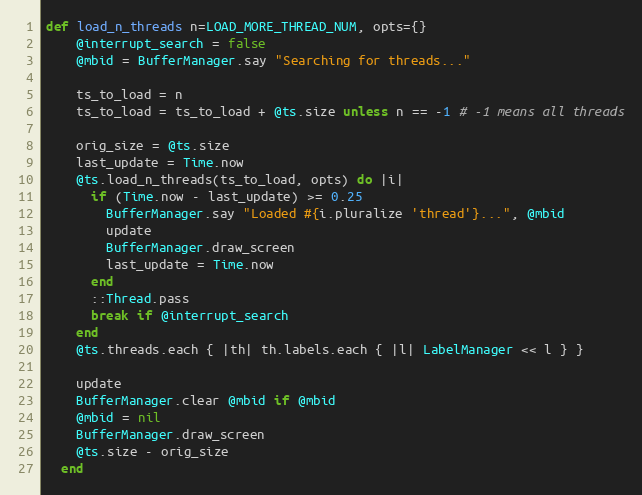
Language: Ruby
def load_n_threads n=LOAD_MORE_THREAD_NUM, opts={}
    @interrupt_search = false
    @mbid = BufferManager.say "Searching for threads..."

    ts_to_load = n
    ts_to_load = ts_to_load + @ts.size unless n == -1 # -1 means all threads

    orig_size = @ts.size
    last_update = Time.now
    @ts.load_n_threads(ts_to_load, opts) do |i|
      if (Time.now - last_update) >= 0.25
        BufferManager.say "Loaded #{i.pluralize 'thread'}...", @mbid
        update
        BufferManager.draw_screen
        last_update = Time.now
      end
      ::Thread.pass
      break if @interrupt_search
    end
    @ts.threads.each { |th| th.labels.each { |l| LabelManager << l } }

    update
    BufferManager.clear @mbid if @mbid
    @mbid = nil
    BufferManager.draw_screen
    @ts.size - orig_size
  end